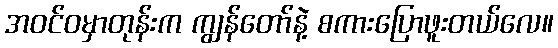
အဝင်ဝမှာတုန်းက ကျွန်တော်နဲ့ စကားပြောဖူးတယ်လေ။